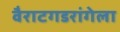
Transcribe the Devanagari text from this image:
वैराटगडरांगेला